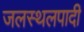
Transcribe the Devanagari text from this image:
जलस्थलपादी